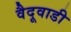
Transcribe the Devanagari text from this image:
वैदूवाडी